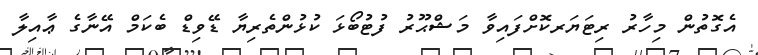
އެގޮތުން މިހާރު ރިޓަޔަރކޮށްފައިވާ މަޝްޙޫރު ފުޓުބޯޅަ ކުޅުންތެރިޔާ ޑޭވިޑް ބެކަމް އޭނާގެ ޢާއިލާ